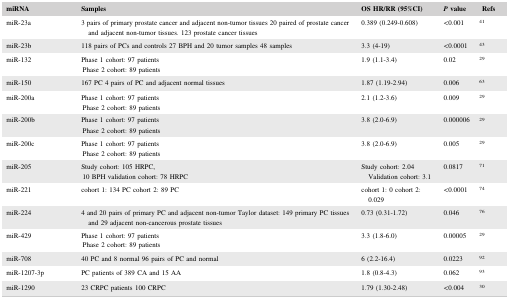
| miRNA | Samples | OS HR/RR (95%CI) | P value | Refs |
 | --- | --- | --- | --- | --- |
 | miR‐23a | 3 pairs of primary prostate cancer and adjacent non‐tumor tissues 20 paired of prostate cancer and adjacent non‐tumor tissues. 123 prostate cancer tissues | 0.389 (0.249‐0.608) | <0.001 | 41 |
 | miR‐23b | 118 pairs of PCs and controls 27 BPH and 20 tumor samples 48 samples | 3.3 (4‐19) | <0.0001 | 43 |
 | miR‐132 | Phase 1 cohort: 97 patients Phase 2 cohort: 89 patients | 1.9 (1.1‐3.4) | 0.02 | 29 |
 | miR‐150 | 167 PC 4 pairs of PC and adjacent normal tissues | 1.87 (1.19‐2.94) | 0.006 | 63 |
 | miR‐200a | Phase 1 cohort: 97 patients Phase 2 cohort: 89 patients | 2.1 (1.2‐3.6) | 0.009 | 29 |
 | miR‐200b | Phase 1 cohort: 97 patients Phase 2 cohort: 89 patients | 3.8 (2.0‐6.9) | 0.000006 | 29 |
 | miR‐200c | Phase 1 cohort: 97 patients Phase 2 cohort: 89 patients | 3.8 (2.0‐6.9) | 0.005 | 29 |
 | miR‐205 | Study cohort: 105 HRPC, 10 BPH validation cohort: 78 HRPC | Study cohort: 2.04 Validation cohort: 3.1 | 0.0817 | 71 |
 | miR‐221 | cohort 1: 134 PC cohort 2: 89 PC | cohort 1: 0 cohort 2: 0.029 | <0.0001 | 74 |
 | miR‐224 | 4 and 20 pairs of primary PC and adjacent non‐tumor Taylor dataset: 149 primary PC tissues and 29 adjacent non‐cancerous prostate tissues | 0.73 (0.31‐1.72) | 0.046 | 76 |
 | miR‐429 | Phase 1 cohort: 97 patients Phase 2 cohort: 89 patients | 3.3 (1.8‐6.0) | 0.00005 | 29 |
 | miR‐708 | 40 PC and 8 normal 96 pairs of PC and normal | 6 (2.2‐16.4) | 0.0223 | 92 |
 | miR‐1207‐3p | PC patients of 389 CA and 15 AA | 1.8 (0.8‐4.3) | 0.062 | 93 |
 | miR‐1290 | 23 CRPC patients 100 CRPC | 1.79 (1.30‐2.48) | <0.004 | 30 |